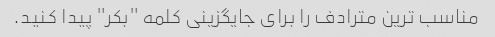
مناسب ترین مترادف را برای جایگزینی کلمه "بکر" پیدا کنید.